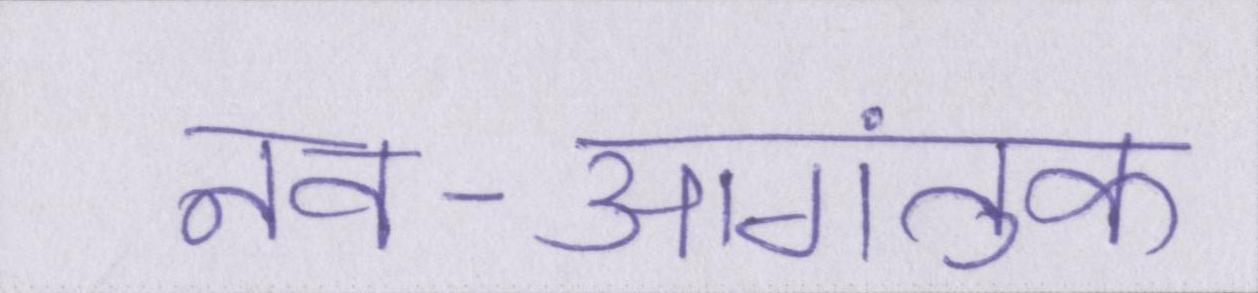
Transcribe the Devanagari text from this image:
नव-आगंतुक